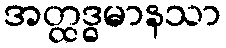
အတ္ထဒ္ဓမာနသာ